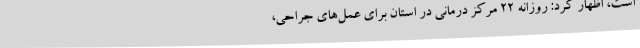
است، اظهار کرد: روزانه 22 مرکز درمانی در استان برای عمل‌های جراحی،